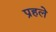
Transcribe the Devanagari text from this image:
प्रहले